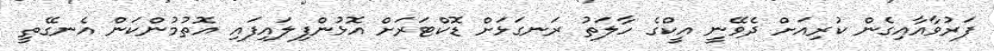
ފަރުވާއާއިގެން ކުރިއަށް ދެވޭނީ އީކްގެ ހާލަތު ރަނގަޅަށް ޑޮކްޓަރަށް އޮޅުންފިލައިފައި އޮތުމުންކަން އެނގޭތީ